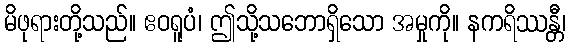
မိဖုရားတို့သည်။ ဧဝရူပံ၊ ဤသို့သဘောရှိသော အမှုကို။ နကရိဿန္တီ၊